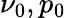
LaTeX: \nu_{0},p_{0}